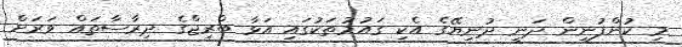
މި ކުންފުނިން ދަނީ ދުނިޔޭގެ އެކި ގައުމުތަކުގައި އަޅާ ބްރިޖްގެ ދިރާސާތައް ވަރަށް